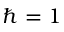
\hbar = 1